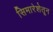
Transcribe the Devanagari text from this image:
सिमारेशेतून